Leaving Certificate Examination, 1919
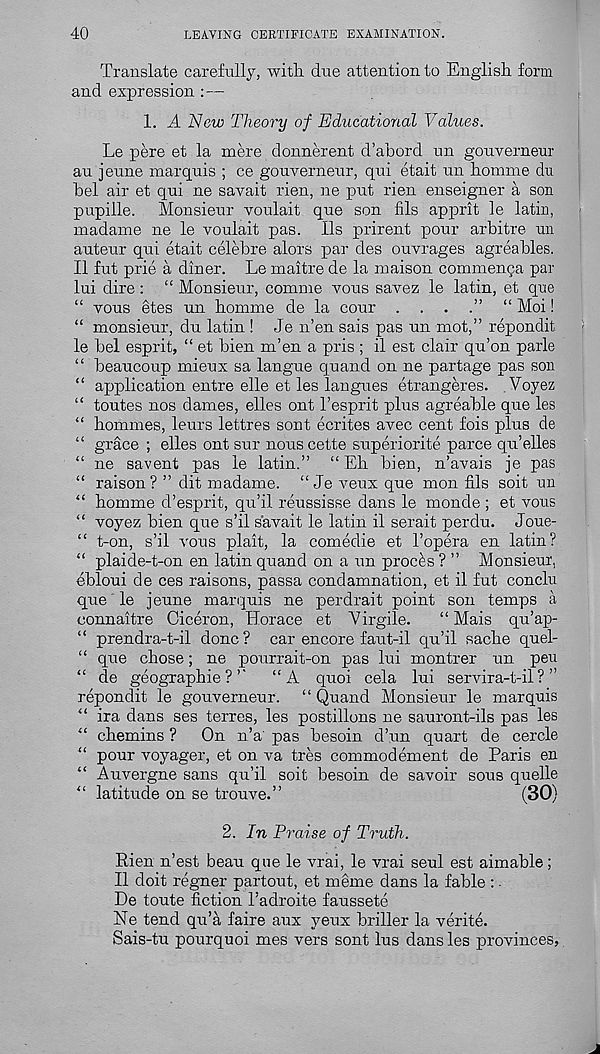
40
LEAVING CERTIFICATE EXAMINATION.
Translate carefully, with, due attention to English form
and expression :—
1. A New Theory of Educational Values.
Le pere et la mere donnerent d’abord un gouverneur
au jeune marquis ; ce gouverneur, qui etait un homme du
bel air et qui ne savait rien, ne put rien enseigner a son
pupiile. Monsieur voulait que son fils apprit le latin,
madame ne le voulait pas. 11s prirent pour arbitre un
auteur qui etait celebre alors par des ouvrages agreables.
II fut prie a diner. Le maitre de la maison commenga par
lui dire: “ Monsieur, comme vous savez le latin, et que
“ vous etes un homme de la cour . . . .” “ Moi!
“ monsieur, du latin ! Je n’en sais pas un mot,” repondit
le bel esprit, “ et bien m’en a pris ; il est clair qu’on parle
“ beaucoup mieux sa langue quand on ne partage pas son
“ application entre elle et les langues etrangeres. Voyez
“ toutes nos dames, elles out I’esprit plus agreable que les
“ homines, leurs lettres sont ecrites avec cent fois plus de
“ grace ; elles ont sur nous cette superiorite parce qu’elles
“ ne savent pas le latin.” “Eh bien, n’avais je pas
“ raison? ” dit madame. “ Je veux que mon fils soit un
“ homme d’esprit, qu’il reussisse dans le monde ; et vous
“ voyez bien que s’il savait le latin il serait perdu. Joue-
“ t-on, s’il vous plait, la comedie et 1’opera en latin?
“ plaide-t-on en latin quand on a un proems ? ” Monsieur,
ebloui de ces raisons, passa condamnation, et il fut conclu
que le jeune marquis ne perdrait point son temps a
connaitre Ciceron, Horace et "Virgile.
“ Mais qu’ap-
“ prendra-t-il done? car encore faut-il qu’il sache quel-
“ que chose; ne pourrait-on pas lui montrer un pen
“ de geographic ?’'
“A quoi cela lui servira-t-il ? ”
repondit le gouverneur. “ Quand Monsieur le marquis
“ ira dans ses terres, les postilions ne sauront-ils pas les
“ chemins ?
On n’a pas besoin d’un quart de cercle
“ pour voyager, et on va tres commodement de Paris en
“ Auvergne sans qu’il soit besoin de savoir sous quelle
“ latitude on se trouve.”
(30)
2. In Praise of Truth.
Rien n’est beau que le vrai, le vrai seul est aimable ;
Il doit regner partout, et meme dans la fable : •
De toute fiction 1’adroite faussete
Ne tend qu’a faire aux yeux briller la verite.
Sais-tu pourquoi mes vers sont lus dans les provinces,